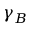
\gamma _ { B }